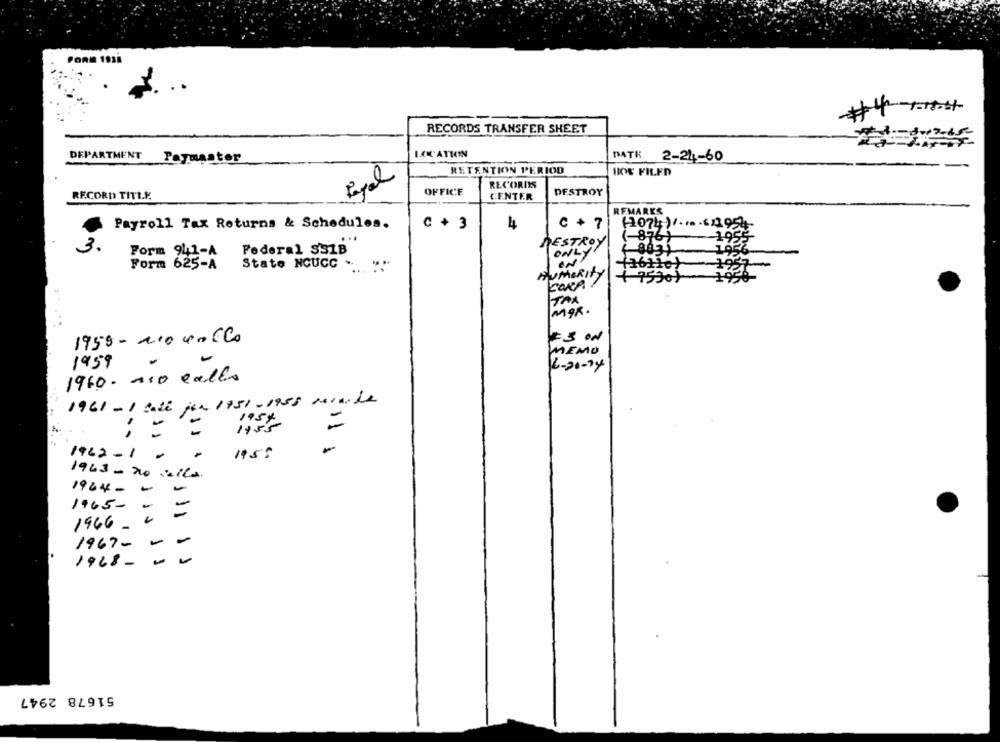
PORIE 1938
RECORDS TRANSFER SHEET
LAK'ATION
DATK
DEPARTMENT Paymaster
2-24-60
RETENTION PERIOD
HOE FILED
RECORDS
OFFICE
DESTROY
RECORD TITLE
CENTER
REMARKS
(2074 ).
Payroll Tax Returns & Schedules.
C + 3
44
C + 7
(-876)
DESTRO
3.
Form 941-A
Federal SS1B
ONLY!
Form 625-A
State NCUCC . ... "
ON
HUMORity
+ 75301
CARA
MAR.
...
1955 - 210 40 CC0
MEMO
1959
2-20-24
1960- 110 calls
1961 - 1 ball jer 1951-1955 verande
=
=
1962-1-
1955
1963 - 20 sella.
1964-
-
-
1965-
-
-
1966 -
1967-
--
1968-
51678 2947